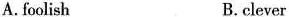
A. foolish B. clever